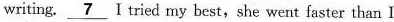
writing. \underline{7} I triexl my best,she went faster than Ⅰ